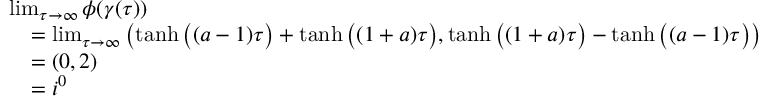
\begin{array} { r l } & { \operatorname* { l i m } _ { \tau \to \infty } \phi ( \gamma ( \tau ) ) } \\ & { \quad = \operatorname* { l i m } _ { \tau \to \infty } \left( \operatorname { t a n h } \big ( ( a - 1 ) \tau \big ) + \operatorname { t a n h } \big ( ( 1 + a ) \tau \big ) , \operatorname { t a n h } \big ( ( 1 + a ) \tau \big ) - \operatorname { t a n h } \big ( ( a - 1 ) \tau \big ) \right) } \\ & { \quad = ( 0 , 2 ) } \\ & { \quad = i ^ { 0 } } \end{array}